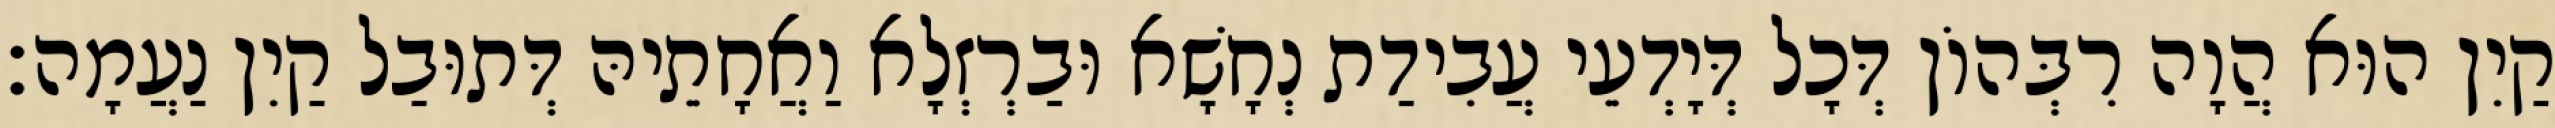
קַיִן הוּא הֲוָה רִבְּהוֹן דְּכָל דְּיָדְעֵי עֲבִידַת נְחָשָׁא וּבַרְזְלָא וַאֲחָתֵיהּ דְּתוּבַל קַיִן נַעֲמָה׃